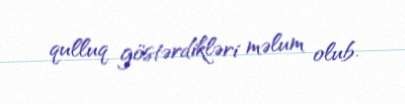
qulluq göstərdikləri məlum olub.